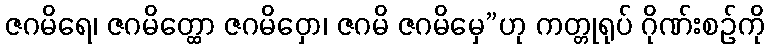
ဇဂမိရေ၊ ဇဂမိတ္ထော ဇဂမိဝှော၊ ဇဂမိ ဇဂမိမှေ”ဟု ကတ္တုရုပ် ဂိုဏ်းစဉ်ကို